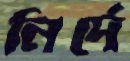
নির্দে